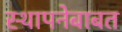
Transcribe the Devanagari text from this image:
स्थापनेबाबत